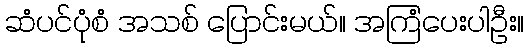
ဆံပင်ပုံစံ အသစ် ပြောင်းမယ်။ အကြံပေးပါဦး။